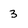
Character: 3